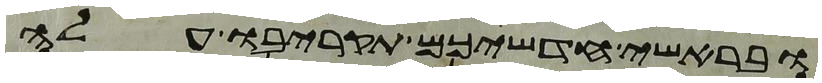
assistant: ובראשי חדשיכם תקריבו עלה